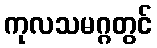
ကုလသမဂ္ဂတွင်